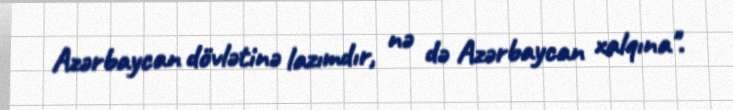
Azərbaycan dövlətinə lazımdır, nə də Azərbaycan xalqına".